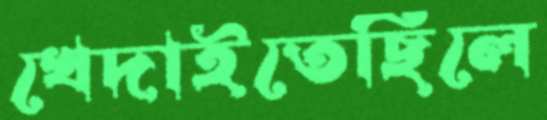
খেদাইতেছিলে